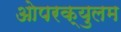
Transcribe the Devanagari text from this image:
ओपरक्युलम